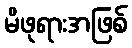
မိဖုရားအဖြစ်